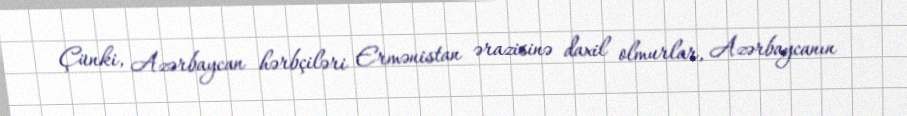
Çünki, Azərbaycan hərbçiləri Ermənistan ərazisinə daxil olmurlar, Azərbaycanın